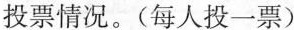
投票情况。(每人投一票)